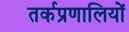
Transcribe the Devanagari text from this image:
तर्कप्रणालियों